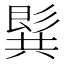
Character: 𪞋